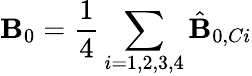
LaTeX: \mathbf{B}_{0}=\frac{1}{4}\sum_{i=1,2,3,4}\hat{\mathbf{B}}_{0,Ci}